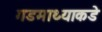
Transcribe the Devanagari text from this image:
गडमाथ्याकडे